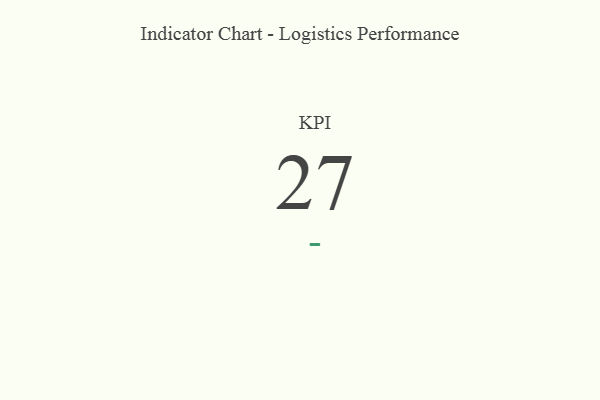
{"axis": {"x": "KPI", "y": "Value"}, "legend": [""], "data": [{"x": "KPI", "y": 27, "type": ""}]}